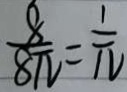
\frac { 8 } { 8 \pi } = \frac { 1 } { 1 1 }